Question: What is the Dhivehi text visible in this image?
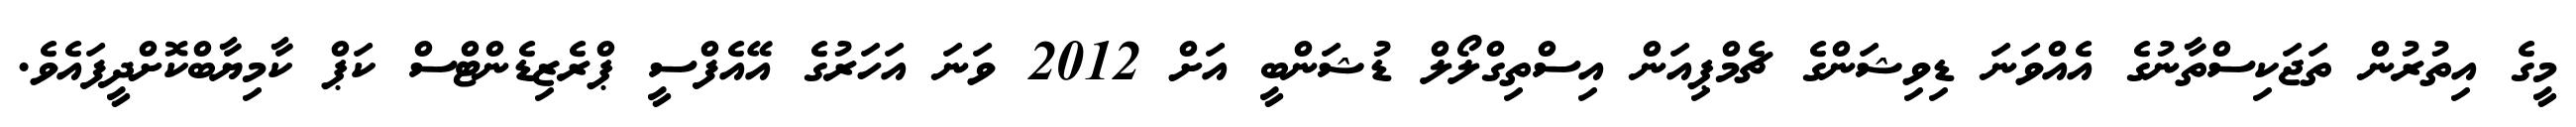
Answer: މީގެ އިތުރުން ތަޖަކިސްތާނުގެ އެއްވަނަ ޑިވިޝަންގެ ޗެމްޕިއަން އިސްތިގްލޯލް ޑުޝަންބީ އަށް 2012 ވަނަ އަހަރުގެ އޭއެފްސީ ޕްރެޒިޑެންޓްސް ކަޕް ކާމިޔާބްކޮށްދީފައެވެ.